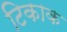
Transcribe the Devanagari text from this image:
टिकाक